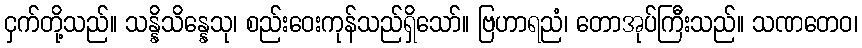
ငှက်တို့သည်။ သန္နိသိန္နေသု၊ စည်းဝေးကုန်သည်ရှိသော်။ ဗြဟာရညံ၊ တောအုပ်ကြီးသည်။ သဏတေဝ၊